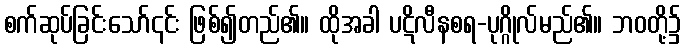
စက်ဆုပ်ခြင်းသော်၎င်း ဖြစ်၍တည်၏။ ထိုအခါ ပဋိလီနစရ-ပုဂ္ဂိုလ်မည်၏။ ဘဝတို့၌